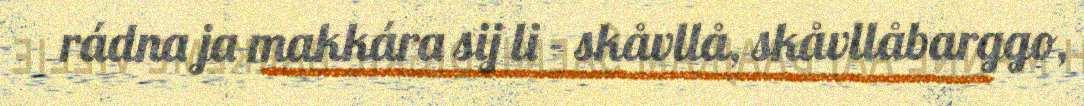
rádna ja makkára sij li - skåvllå, skåvllåbarggo,